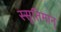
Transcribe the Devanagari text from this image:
स्सृतिमान्